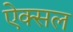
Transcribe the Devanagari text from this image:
ऐक्सल